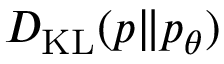
D _ { \mathrm { K L } } ( p \Vert p _ { \boldsymbol { \theta } } )